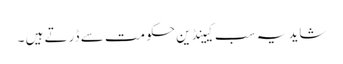
شاید یہ سب کیینڈین حکومت سے ڈرتے ہیں ۔